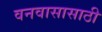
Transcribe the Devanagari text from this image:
वनवासासाठी